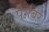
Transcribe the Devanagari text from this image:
पैग़ंबर